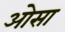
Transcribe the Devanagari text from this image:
ओसा